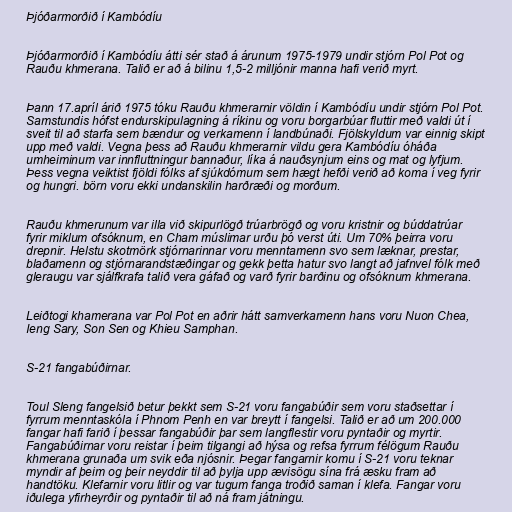
Þjóðarmorðið í Kambódíu

Þjóðarmorðið í Kambódíu átti sér stað á árunum 1975-1979 undir stjórn Pol Pot og
Rauðu khmerana. Talið er að á bilinu 1,5-2 milljónir manna hafi verið myrt.

Þann 17.apríl árið 1975 tóku Rauðu khmerarnir völdin í Kambódíu undir stjórn Pol Pot.
Samstundis hófst endurskipulagning á ríkinu og voru borgarbúar fluttir með valdi út í
sveit til að starfa sem bændur og verkamenn í landbúnaði. Fjölskyldum var einnig skipt
upp með valdi. Vegna þess að Rauðu khmerarnir vildu gera Kambódíu óháða
umheiminum var innfluttningur bannaður, líka á nauðsynjum eins og mat og lyfjum.
Þess vegna veiktist fjöldi fólks af sjúkdómum sem hægt hefði verið að koma í veg fyrir
og hungri. börn voru ekki undanskilin harðræði og morðum.

Rauðu khmerunum var illa við skipurlögð trúarbrögð og voru kristnir og búddatrúar
fyrir miklum ofsóknum, en Cham múslimar urðu þó verst úti. Um 70% þeirra voru
drepnir. Helstu skotmörk stjórnarinnar voru menntamenn svo sem læknar, prestar,
blaðamenn og stjórnarandstæðingar og gekk þetta hatur svo langt að jafnvel fólk með
gleraugu var sjálfkrafa talið vera gáfað og varð fyrir barðinu og ofsóknum khmerana.

Leiðtogi khamerana var Pol Pot en aðrir hátt samverkamenn hans voru Nuon Chea,
Ieng Sary, Son Sen og Khieu Samphan.

S-21 fangabúðirnar.

Toul Sleng fangelsið betur þekkt sem S-21 voru fangabúðir sem voru staðsettar í
fyrrum menntaskóla í Phnom Penh en var breytt í fangelsi. Talið er að um 200.000
fangar hafi farið í þessar fangabúðir þar sem langflestir voru pyntaðir og myrtir.
Fangabúðirnar voru reistar í þeim tilgangi að hýsa og refsa fyrrum félögum Rauðu
khmerana grunaða um svik eða njósnir. Þegar fangarnir komu í S-21 voru teknar
myndir af þeim og þeir neyddir til að þylja upp ævisögu sína frá æsku fram að
handtöku. Klefarnir voru litlir og var tugum fanga troðið saman í klefa. Fangar voru
iðulega yfirheyrðir og pyntaðir til að ná fram játningu.